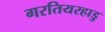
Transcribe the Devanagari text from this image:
गरतियरहाडु